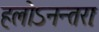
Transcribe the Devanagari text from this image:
हलोऽनन्तराः